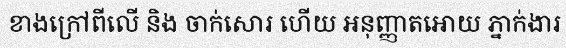
ខាងក្រៅពីលើ និង ចាក់សោរ ហើយ អនុញ្ញាតអោយ ភ្នាក់ងារ